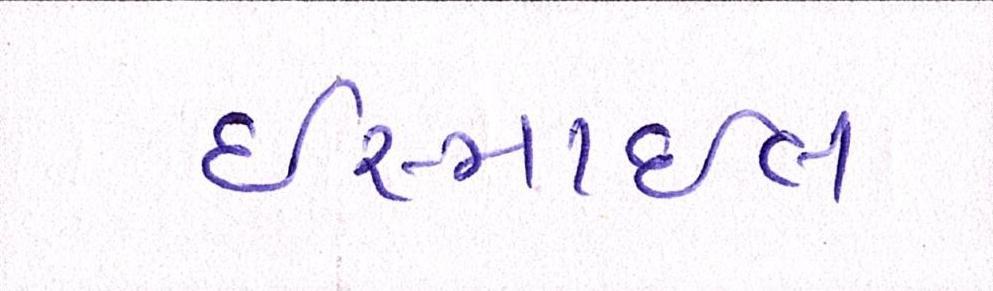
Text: ઈસ્માઈલ